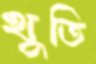
থুতি